Lunatic asylums in Bengal annual reports 1899-1911 - 1899-1911
Year: 1899
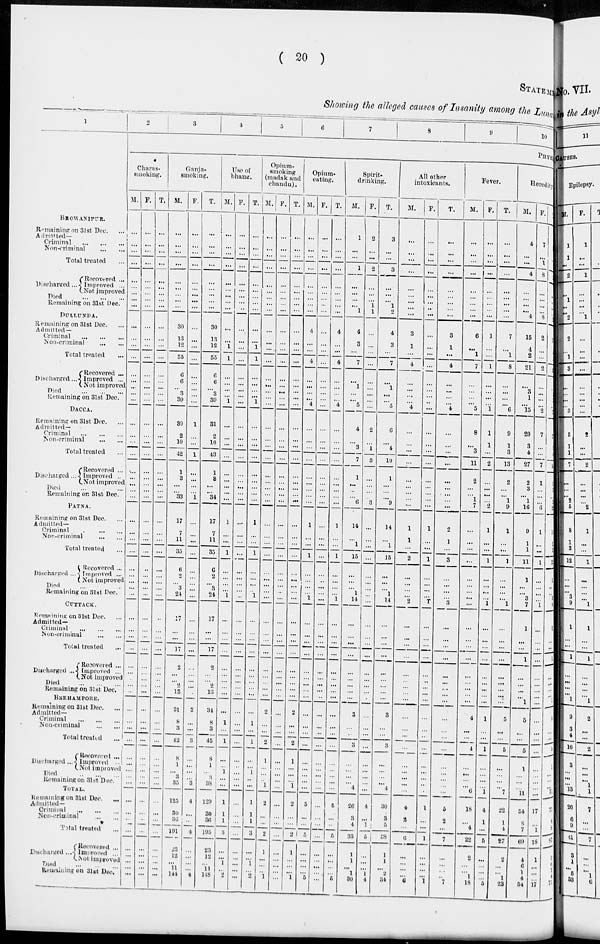
( 20 )
STATEMENT
Showing the alleged causes of Insanity among the Lunatics
1
BHOWANIPUR
Remaining on 31st Dec.
Admitted—
Criminal
...
...
...
Non-criminal ... ... ...
Total treated ...
Discharged ...
Recovered...
Improved ...
Not improved
Died
...
...
...
Remaining on 31st Dec.
DULLUNDA.
Remaining on 31st Dec.
Admitted —
Criminal
...
...
...
Non-criminal ... ... ...
Total treated ...
Discharged...
Recovered ...
Improved ...
Not improved
Died
...
...
...
Remaining on 31st Dec.
DACCA.
Remaining on 31st Dec.
Admitted —
Criminal
...
...
...
Non-criminal
Total treated ...
Discharged ...
Recovered ...
Improved ...
Not improved
Died ... ... ...
Remaining on 31st Dec.
PATNA.
Remaining on 31st Dec.
Admitted¬
Criminal ... ... ...
Non-criminal ... ... ...
Total treated ...
Discharged ...
Recovered ...
Improved ...
Not improved..
Died ... ... ...
Remaining on 31st Dec
CUTTACK.
Remaining on 31st Dec.
Admitted—
Criminal ... ... ...
Non-criminal ... ... ...
Total treated ...
Discharged ...
Recovered ...
Improved ...
Not improved
Died ... ... ...
Remaining on 31st Dec.
BERHAMPORE.
Remaining on 31st Dec.
Admitted—
Criminal ... ... ...
Non-criminal
Total treated...
Discharged ...
Recovered
Improved
Not improved
Died ... ... ...
Remaining on 31st Dec.
TOTAL.
Remaining on 31st Dec.
Admitted¬
Criminal ... ... ...
Non-criminal ...
Total treated ...
Discharged ...
Recovered ...
Improved ...
Not improved
Died ... ... ...
Remaining on 31st Dec.
2
3
4
5
6
7
8
9
10
PHYSICAL
Charas¬
smoking.
M.
...
...
...
...
...
...
...
...
...
...
...
...
...
...
...
...
...
...
...
...
...
...
...
...
...
...
...
...
...
...
...
...
...
...
...
...
...
...
...
...
...
...
...
...
...
...
...
...
...
...
...
...
...
...
...
...
...
...
...
...
...
...
...
F.
...
...
...
...
...
...
...
...
...
...
...
...
...
...
...
...
...
...
...
...
...
...
...
...
...
...
...
...
...
...
...
...
...
...
...
...
...
...
...
...
...
...
...
...
...
...
...
...
...
...
...
...
...
...
...
...
...
...
...
...
...
...
...
T.
...
...
...
...
...
...
...
...
...
...
...
...
...
...
...
...
...
...
...
...
...
...
...
...
...
...
...
...
...
...
...
...
...
...
..
...
...
...
...
...
...
...
...
...
...
...
...
...
...
...
...
...
...
...
...
...
...
...
...
...
...
...
...
Ganja¬
smoking.
M.
...
...
...
...
...
...
...
...
...
30
13
12
55
6
6
...
3
39
30
2
10
42
1
3
...
...
33
17
7
11
35
6
2
...
3
24
17
...
...
17
2
...
...
2
13
31
8
3
42.
8
1
...
3
35
125
30
36
191
23
12
...
11
144
F.
...
...
...
...
...
...
...
...
...
...
...
...
...
...
...
...
...
...
1
...
1
1
...
...
...
...
1
...
...
...
...
...
...
...
...
...
...
...
...
...
...
...
...
...
...
4
...
...
3
...
...
...
...
3
4
...
...
4
...
...
...
...
4
T.
...
...
...
...
...
...
...
...
...
30
13
12
55
6
6
...
3
39
31
2
11
43
1
3
...
...
34
17
7
11
35
6
2
...
3
24
17
...
...
17
2
...
...
2
13
34
8
3
45
8
1
...
3
38
129
30
36
195
23
12
...
11
148
Use of
bhang.
M.
...
...
...
...
...
...
...
...
...
...
...
1
1
...
...
..
...
1
...
...
...
...
...
...
...
...
...
1
...
...
1
...
...
...
...
1
...
...
...
...
...
...
...
...
...
...
1
...
1
...
...
1
...
...
1
1
1
3
...
...
1
...
2
F.
...
...
...
...
...
...
...
...
...
...
...
...
...
...
...
...
...
...
...
...
...
...
...
...
...
...
...
...
...
...
...
...
...
...
...
...
...
...
...
...
...
...
...
...
...
...
...
...
...
...
...
...
...
...
...
...
...
...
...
...
...
...
...
T.
...
...
...
...
...
...
...
...
...
...
...
1
1
...
...
...
...
1
...
...
...
...
...
...
...
...
...
1
...
...
1
...
...
...
...
1
...
...
...
...
...
...
...
...
...
...
1
...
1
...
...
1
...
...
1
1
1
3
...
...
1
...
2
Opium¬
smoking
madak and
chandu).
M.
...
...
...
...
...
...
...
...
...
...
...
...
...
...
...
...
...
...
...
...
...
...
...
...
...
...
...
...
...
...
...
...
...
...
...
...
...
...
...
...
...
...
...
...
...
2
...
...
2
1
...
...
...
1
2
...
...
2
1
...
...
...
1
F.
...
...
...
...
...
...
...
...
...
...
...
...
...
...
...
...
...
...
...
...
...
...
...
...
...
...
...
...
...
...
...
...
...
...
...
...
...
...
...
...
...
...
...
...
...
...
...
...
...
...
...
...
...
...
...
...
...
...
...
...
...
...
...
T.
...
...
...
...
...
...
...
...
...
...
...
...
...
...
...
...
...
...
...
...
...
...
...
...
...
...
...
...
...
...
...
...
...
...
...
...
...
...
...
...
...
...
...
...
...
2
...
...
2
1
...
...
...
1
2
...
...
2
1
...
...
...
1
Opinm¬
eating.
M.
...
...
...
...
...
...
...
...
...
4
...
...
4
...
...
...
...
4
...
...
...
...
...
...
...
...
...
1
...
...
1
...
...
...
...
1
...
...
...
...
...
...
...
...
...
...
...
...
...
...
...
...
...
...
5
...
...
5
...
...
...
...
5
F.
...
...
...
...
...
...
...
...
...
...
...
...
...
...
...
...
...
...
...
...
...
...
...
...
...
...
...
...
...
...
...
...
...
...
...
...
...
...
...
...
...
...
...
...
...
...
...
...
...
...
...
...
...
...
...
...
...
...
...
...
...
...
...
T.
...
...
...
...
...
...
...
...
...
4
...
...
4
...
...
...
...
4
...
...
...
...
...
...
...
...
...
1
...
...
1
...
...
...
...
1
...
...
...
...
...
...
...
...
...
...
..
...
...
...
...
...
...
...
5
...
...
5
...
...
...
...
5
Spirit¬
drinking.
M.
1
...
...
1
...
...
...
...
1
4
3
...
7
...
1
...
...
5
4
...
3
7
1
...
...
...
6
14
...
1
15
...
...
...
1
14
...
...
...
...
...
...
...
...
...
3
...
...
3
...
...
...
...
4
26
3
4
33
1
1
...
1
30
F.
2
...
...
2
...
...
...
1
1
...
...
...
...
...
...
...
...
...
2
...
1
3
...
...
...
...
3
...
...
...
...
...
...
...
...
...
...
...
...
...
...
...
...
...
...
...
...
...
...
...
...
...
...
...
4
...
1
5
...
...
...
...
4
T.
3
...
...
3
...
...
...
1
2
4
3
...
7
...
1
...
...
5
6
...
4
10
1
...
...
...
9
14
...
1
15
...
...
...
1
14
...
...
...
...
...
...
...
...
...
3
...
...
3
...
...
...
...
4
30
3
5
38
1
1
...
1
34
All other
intoxicants.
M.
...
...
...
...
...
...
...
...
...
3
1
...
4
...
...
...
...
4
...
...
...
...
...
...
...
...
...
1
1
...
2
...
...
... ...
2
...
...
...
...
...
...
...
...
...
...
...
...
...
...
...
...
...
...
4
2
...
6
...
...
...
...
6
F.
...
...
...
...
...
...
...
...
...
...
...
...
...
...
...
...
..
...
...
...
...
...
...
...
...
...
...
1
...
...
1
...
...
...
...
1
...
...
...
...
...
...
...
...
...
...
...
...
...
...
...
...
...
...
1
...
...
1
...
...
...
...
1
T.
...
...
...
...
...
...
...
...
...
3
1
...
4
...
...
...
...
4
...
...
...
...
...
...
...
...
...
2
1
...
3
...
...
...
..
3
...
...
...
...
...
...
...
...
...
...
...
...
...
...
...
...
...
...
5
2
...
7
...
...
...
...
7
Fever.
M.
...
...
...
...
...
...
...
...
...
6
...
1
7
...
...
...
...
5
8
...
3
11
2
...
...
1
7
...
...
...
...
...
...
... ...
...
...
...
...
...
...
...
...
...
...
4
...
...
4
...
...
...
...
6
18
...
4
22
2
...
...
1
18
F.
...
...
...
...
...
...
...
...
...
1
...
...
1
...
...
...
...
1
1
1
...
2
...
...
...
...
2
1
...
...
1
...
...
...
...
1
...
...
...
...
...
...
...
...
...
1
...
...
1
...
...
...
...
1
4
1
...
5
...
...
...
...
5
T.
...
...
...
...
...
...
...
...
...
7
...
1
8
...
...
...
...
6
9
1
3
13
2
...
...
1
9
1
...
...
1
...
...
...
...
1
...
...
...
...
...
...
...
...
...
5
...
...
5
...
...
...
...
7
22
1
4
27
2
...
...
1
23
Heredity
M.
4
...
...
4
...
...
...
...
4
16
4
2
21
...
3
1
...
15
20
3
4
27
2
...
...
1
16
9
1
1
11
1
...
...
3
7
1
...
...
1
...
...
...
...
1
5
...
...
5
1
...
...
...
11
54
8
7
69
4
6
1
4
54
F.
7
...
...
8
...
...
...
...
8
2
...
...
2
...
...
...
...
2
7
...
...
7
1
...
...
...
6
1
...
...
1
...
...
...
...
1
...
...
...
...
...
...
...
...
...
...
...
...
...
...
...
...
...
...
17
...
1
18
1
...
...
...
17
T.
11
...
...
12
...
...
...
...
12
18
4
2
23
...
3
1
...
17
27
3
4
28
3
...
...
1
22
10
1
1
12
1
...
... 3
8
1
...
...
1
...
...
...
... 1
5
...
...
5
1
...
...
...
11
73
8
8
87
5
6
1
4
71